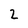
Character: 2